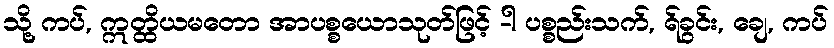
သို့ ကပ်, ဣတ္ထိယမတော အာပစ္စယောသုတ်ဖြင့် -ါ ပစ္စည်းသက်, ရ်ခွင်း, ချေ, ကပ်